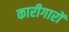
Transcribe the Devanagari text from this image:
कारीगारों